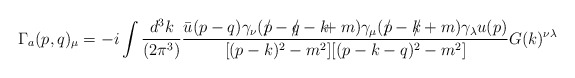
\begin{align*}\Gamma_a(p,q)_{\mu}=-i \int \frac{d^3k}{(2 \pi^3)} \frac{\bar u(p-q) \gamma_{\nu} (p \!\!\! /-q \!\!\! / -k \!\!\! +m) \gamma_{\mu} (p \!\!\! / -k \!\!\! / +m) \gamma_{\lambda} u(p)}{[(p-k)^2-m^2][(p-k-q)^2-m^2]}G(k)^{\nu \lambda}\end{align*}